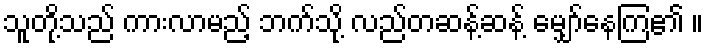
သူတို့သည် ကားလာမည့် ဘက်သို့ လည်တဆန့်ဆန့် မျှော်နေကြ၏ ။